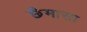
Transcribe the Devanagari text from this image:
छैमासा